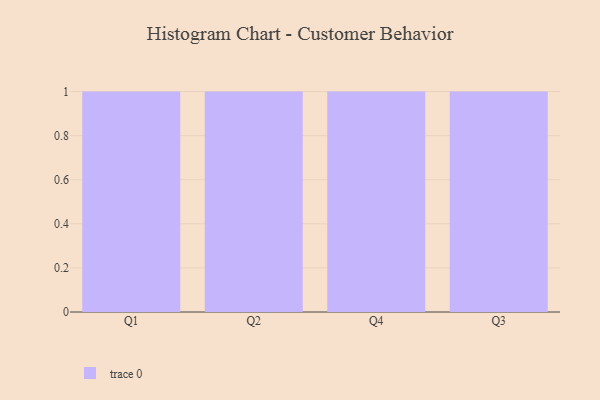
{"axis": {"x": "Quarter", "y": "Latency (ms)"}, "legend": [""], "data": [{"x": "Q1", "y": 84, "type": ""}, {"x": "Q2", "y": 38, "type": ""}, {"x": "Q4", "y": 14, "type": ""}, {"x": "Q3", "y": 59, "type": ""}]}